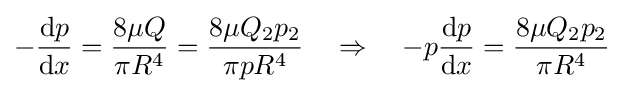
-{\frac {\mathrm {d} p}{\mathrm {d} x}}={\frac {8\mu Q}{\pi R^{4}}}={\frac {8\mu Q_{2}p_{2}}{\pi pR^{4}}}\quad \Rightarrow \quad -p{\frac {\mathrm {d} p}{\mathrm {d} x}}={\frac {8\mu Q_{2}p_{2}}{\pi R^{4}}}